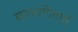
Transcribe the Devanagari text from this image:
सहभागितासे